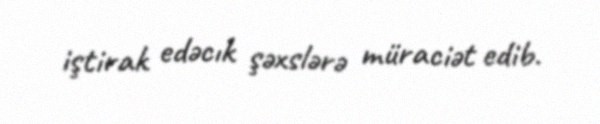
iştirak edəcık şəxslərə müraciət edib.